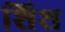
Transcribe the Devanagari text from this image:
शिश